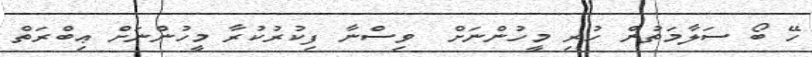
ހޭ ބޯ ސަލާމަތުން ހުރި މީހުންނަށް  ވިސްނާ ފިކުރުކުރާ މީހުންނަށް ޢިބްރަތް